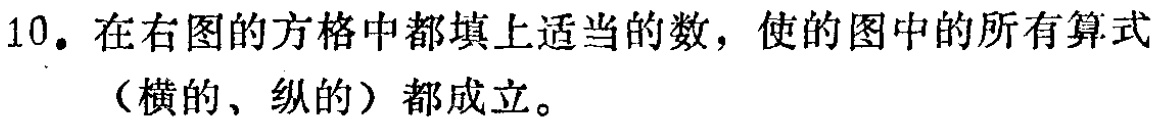
10. 在右图的方格中都填上适当的数，使的图中的所有算式（横的、纵的）都成立。